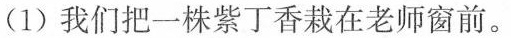
(1)我们把一株紫丁香栽在老师窗前。